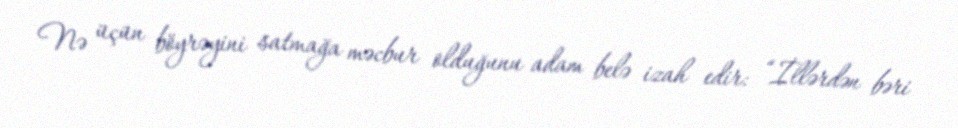
Nə üçün böyrəyini satmağa məcbur olduğunu adam belə izah edir: “İllərdən bəri